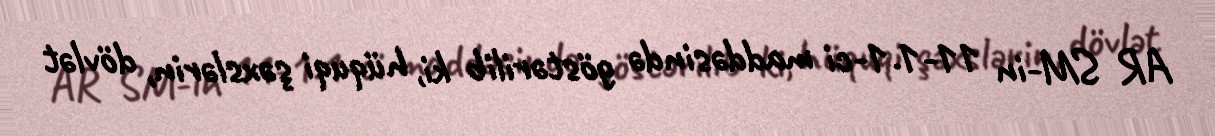
AR SM-in 11-1.1-ci maddəsində göstərilib ki, hüquqi şəxslərin, dövlət